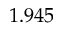
1 . 9 4 5